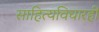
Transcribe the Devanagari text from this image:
साहित्यविचारही